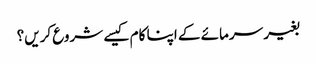
بغیر سرمائے کے اپنا کام کیسے شروع کریں؟